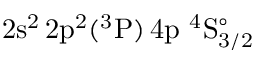
\mathrm { 2 s ^ { 2 } \, 2 p ^ { 2 } ( ^ { 3 } P ) \, 4 p ~ ^ { 4 } S _ { 3 / 2 } ^ { \circ } }